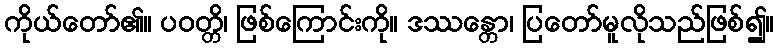
ကိုယ်တော်၏။ ပဝတ္တိ၊ ဖြစ်ကြောင်းကို။ ဒဿန္တော၊ ပြတော်မူလိုသည်ဖြစ်၍။